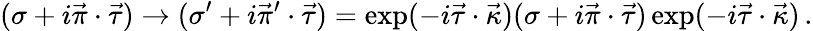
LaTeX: (\sigma+i\vec{\pi}\cdot\vec{\tau})\to(\sigma^{\prime}+i\vec{\pi}{}^{\prime}\cdot\vec{\tau})=\exp(-i\vec{\tau}\cdot\vec{\kappa})(\sigma+i\vec{\pi}\cdot\vec{\tau})\exp(-i\vec{\tau}\cdot\vec{\kappa})\, .